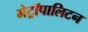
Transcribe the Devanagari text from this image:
मेट्रॉपालिटन